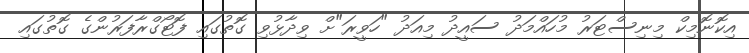
އިކޮނޮމިކް މިނިސްޓަރު މުހައްމަދު ސައީދު މިއަދު "ހަވީރަ"ށް ވިދާޅުވި ގޮތުގައި ފޮޓޯގްރާފަރުންގެ ގޮތުގައި